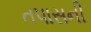
તપાસની